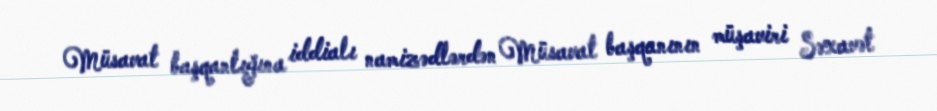
Müsavat başqanlığına iddialı namizədlərdən Müsavat başqanının müşaviri Səxavət